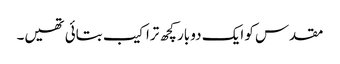
مقدس کو ایک دو بار کچھ تراکیب بتائی تھیں۔